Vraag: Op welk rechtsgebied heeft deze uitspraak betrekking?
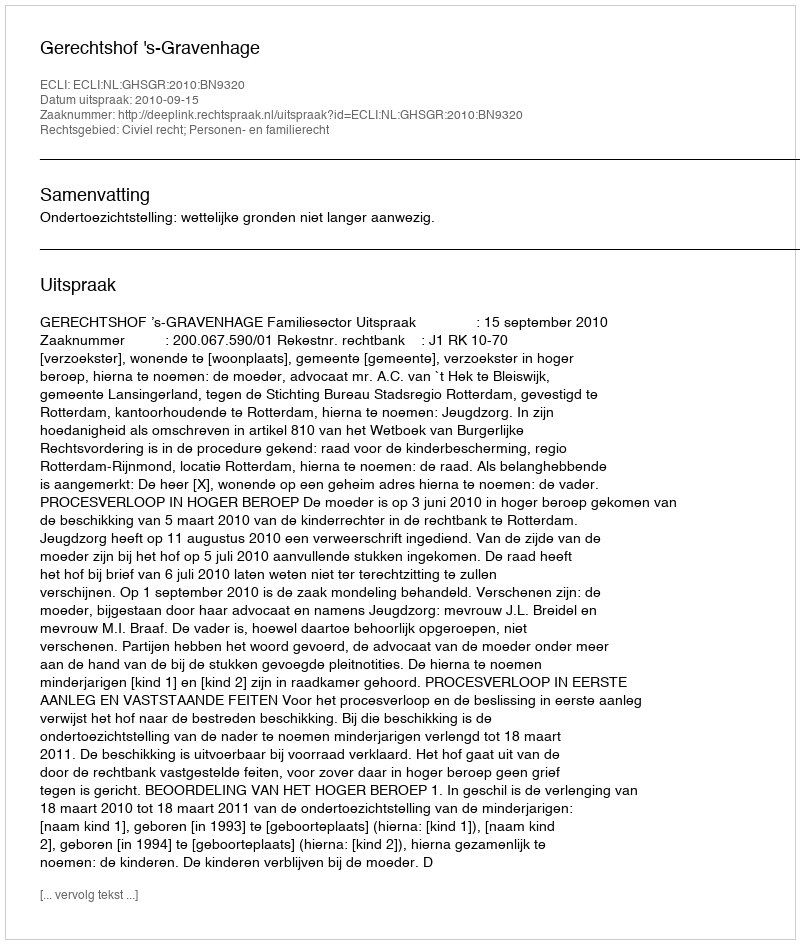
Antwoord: Civiel recht; Personen- en familierecht